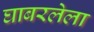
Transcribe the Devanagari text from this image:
घाबरलेला